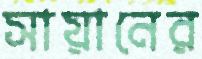
সায়ানের